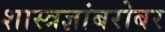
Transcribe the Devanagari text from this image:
शास्त्रज्ञांबरोबर